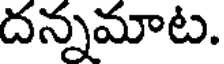
దన్నమాట.